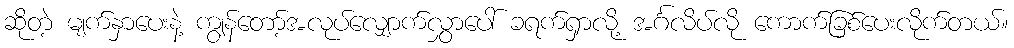
ဆိုတဲ့ မျက်နှာပေးနဲ့ ကျွန်တော့်အလုပ်လျှောက်လွှာပေါ် ခရက်ရှာလို့ အင်္ဂလိပ်လို ကောက်ခြစ်ပေးလိုက်တယ်။